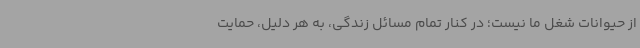
از حیوانات شغل ما نیست؛ در کنار تمام مسائل زندگی، به هر دلیل، حمایت